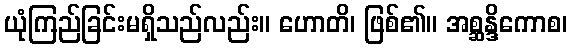
ယုံကြည်ခြင်းမရှိသည်လည်း။ ဟောတိ၊ ဖြစ်၏။ အစ္ဆန္ဒိကောစ၊